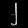
Digit: ၂